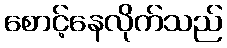
စောင့်နေလိုက်သည်